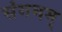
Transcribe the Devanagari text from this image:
संगमम्